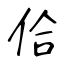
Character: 佮